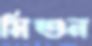
মিশুন